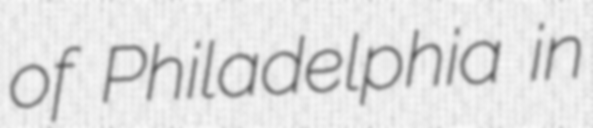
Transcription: of Philadelphia in